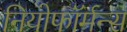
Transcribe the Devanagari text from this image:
नियोफॉर्मन्स